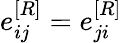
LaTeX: e_{ij}^{[R]}=e_{ji}^{[R]}